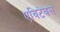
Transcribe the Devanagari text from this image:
एविटेबल